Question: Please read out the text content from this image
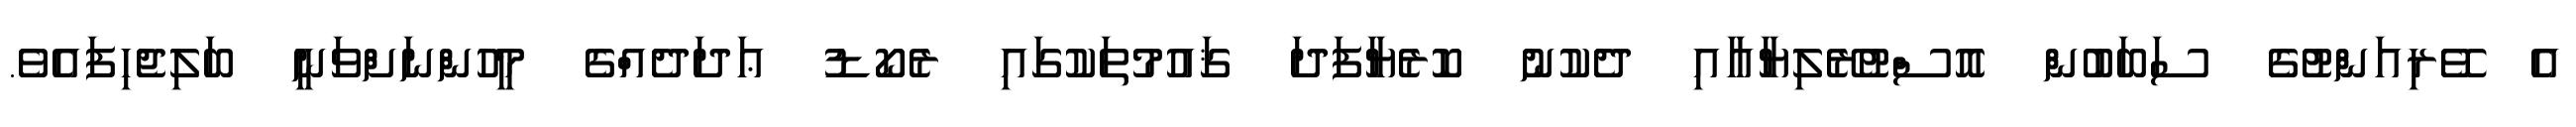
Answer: އެ ވޭރިއަންޓުގެ ސަބަބުން އޮސްޓުރޭލިޔާއާއި ދެކުނު ކޮރެޔާފަދަ ޤައުމުތަކުގައި ރެކޯޑު ޢަދަދެއްގެ މީހުންނަށްވަނީ ބަލިޖެހިފައެވެ.